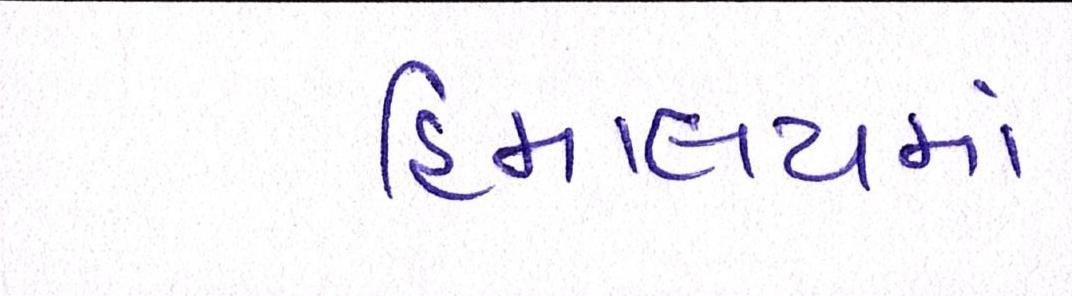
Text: હિમાલયમાં